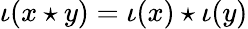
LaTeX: \iota(x\star y)=\iota(x)\star\iota(y)